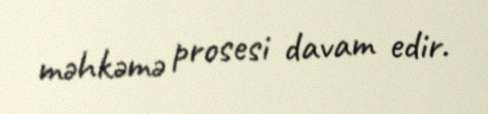
məhkəmə prosesi davam edir.